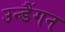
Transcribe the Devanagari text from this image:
उन्डैंगन